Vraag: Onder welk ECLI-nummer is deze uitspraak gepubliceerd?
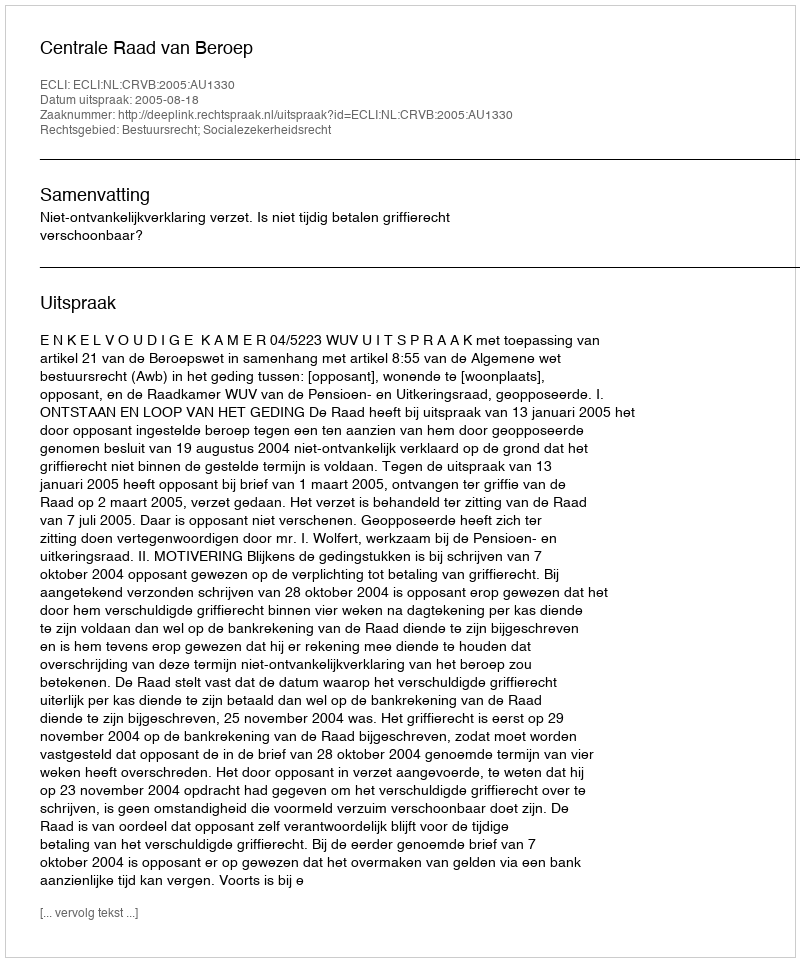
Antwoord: ECLI:NL:CRVB:2005:AU1330